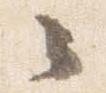
々